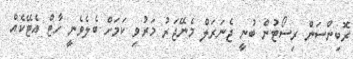
ރޮބިންސަން ރިސޯޓުން ބުނީ ޖެނަރަލް މެނޭޖަރު މަރުވި ކަމަށް ބެލެވެނީ ހާޓް އެޓޭކެއް